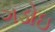
ગડોઇ